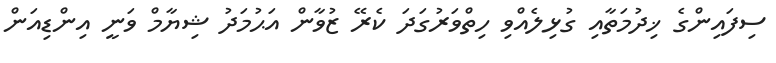
ސިފައިންގެ ޚިދުމަތާއި ގުޅިލެއްވި ހިތްވަރުގަދަ ކެރޭ ޒުވާން އަޙުމަދު ޝިޔާމް ވަނީ އިންޑިއަން